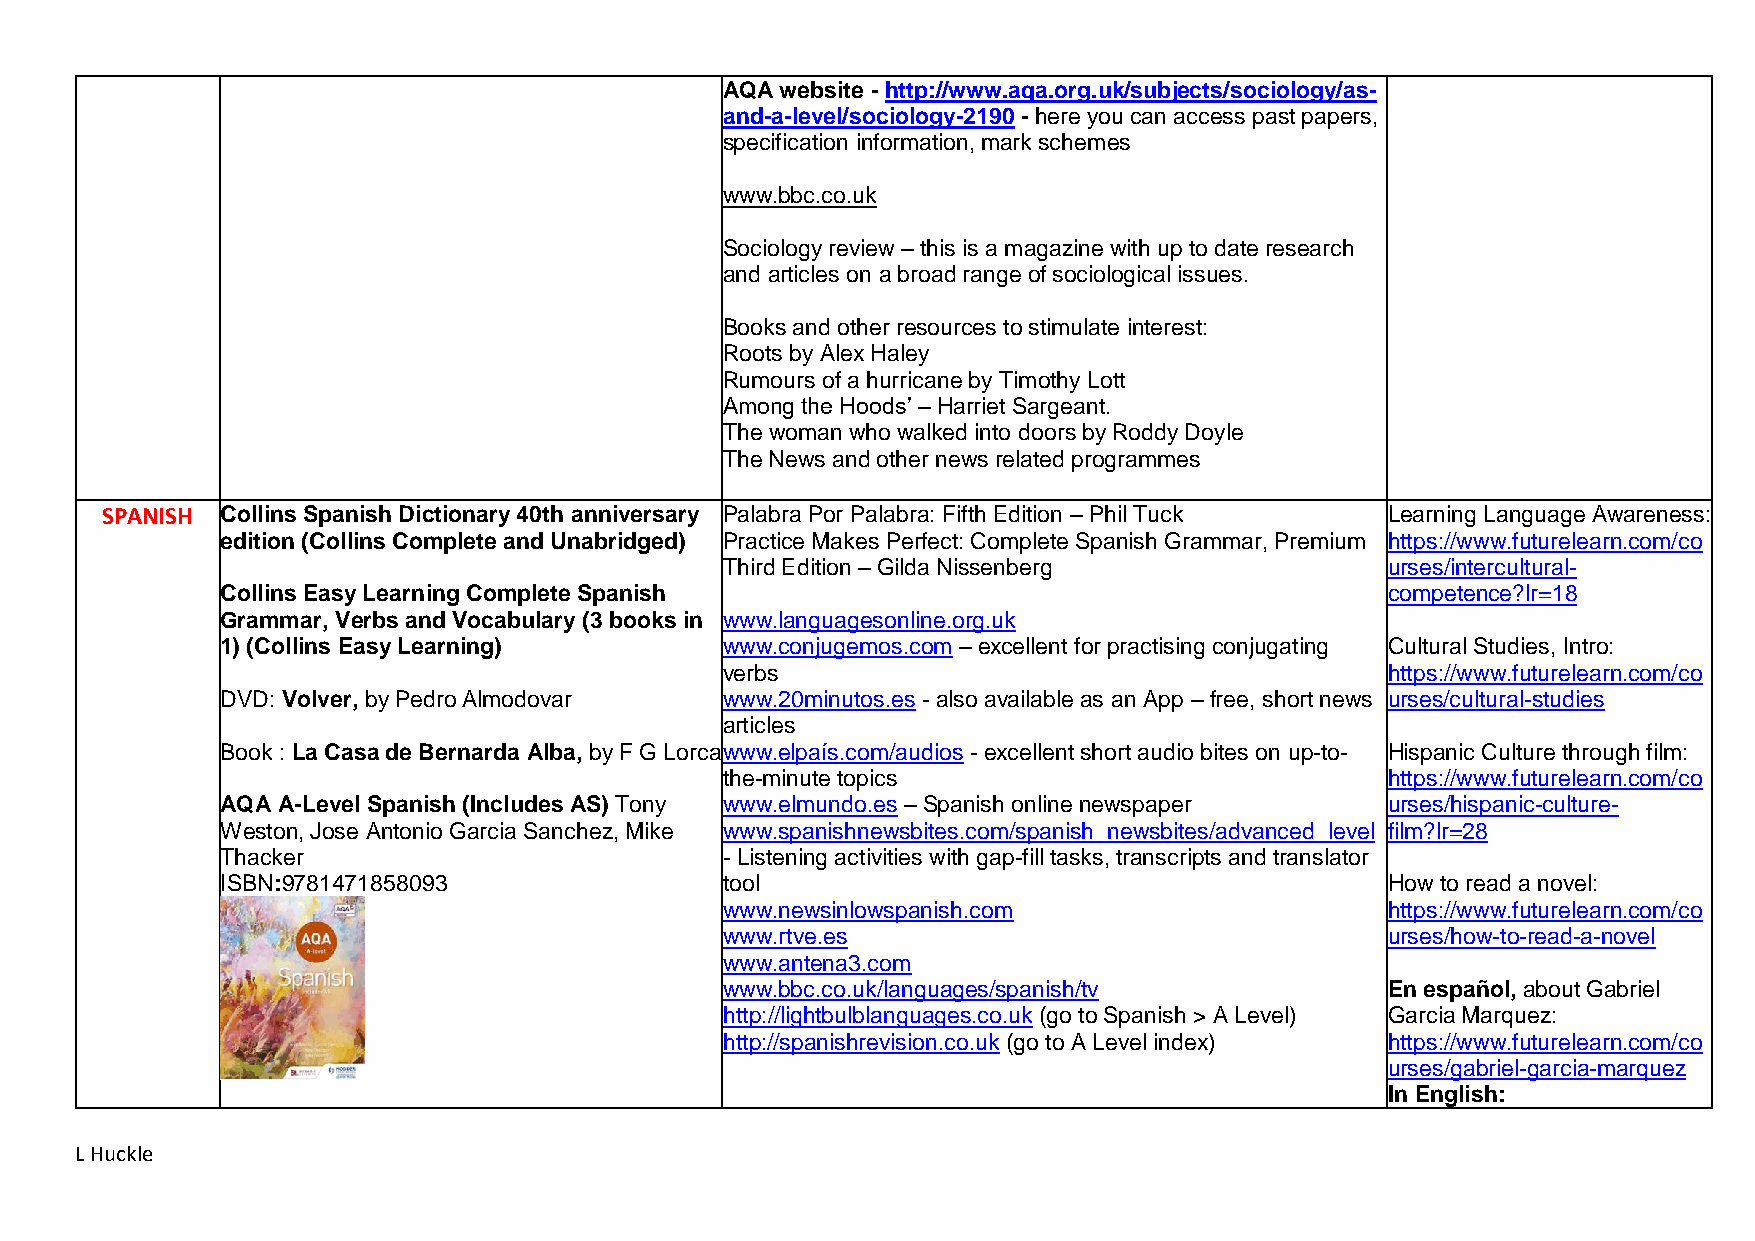
AQA website - http://www.aqa.org.uk/subjects/sociology/as-
 and-a-level/sociology-2190 - here you can access past papers,
 specification information, mark schemes
 www.bbc.co.uk
 Sociology review – this is a magazine with up to date research
 and articles on a broad range of sociological issues.
 Books and other resources to stimulate interest:
 Roots by Alex Haley
 Rumours of a hurricane by Timothy Lott
 Among the Hoods’ – Harriet Sargeant.
 The woman who walked into doors by Roddy Doyle
 The News and other news related programmes
 SPANISH Collins Spanish Dictionary 40th anniversary Palabra Por Palabra: Fifth Edition – Phil Tuck Learning Language Awareness:
 edition (Collins Complete and Unabridged) Practice Makes Perfect: Complete Spanish Grammar, Premium https://www.futurelearn.com/co
 Third Edition – Gilda Nissenberg            urses/intercultural-
 Collins Easy Learning Complete Spanish                                       competence?lr=18
 Grammar, Verbs and Vocabulary (3 books in www.languagesonline.org.uk
 1) (Collins Easy Learning)       www.conjugemos.com – excellent for practising conjugating Cultural Studies, Intro:
 verbs                                       https://www.futurelearn.com/co
 DVD: Volver, by Pedro Almodovar  www.20minutos.es - also available as an App – free, short news urses/cultural-studies
 articles
 Book : La Casa de Bernarda Alba, by F G Lorca www.elpaís.com/audios - excellent short audio bites on up-to- Hispanic Culture through film:
 the-minute topics                           https://www.futurelearn.com/co
 AQA A-Level Spanish (Includes AS) Tony www.elmundo.es – Spanish online newspaper urses/hispanic-culture-
 Weston, Jose Antonio Garcia Sanchez, Mike www.spanishnewsbites.com/spanish_newsbites/advanced_level film?lr=28
 Thacker                          - Listening activities with gap-fill tasks, transcripts and translator
 ISBN:9781471858093               tool                                        How to read a novel:
 www.newsinlowspanish.com                    https://www.futurelearn.com/co
 www.rtve.es                                 urses/how-to-read-a-novel
 www.antena3.com
 www.bbc.co.uk/languages/spanish/tv          En español, about Gabriel
 http://lightbulblanguages.co.uk (go to Spanish > A Level) Garcia Marquez:
 http://spanishrevision.co.uk (go to A Level index) https://www.futurelearn.com/co
 urses/gabriel-garcia-marquez
 In English:
 L Huckle